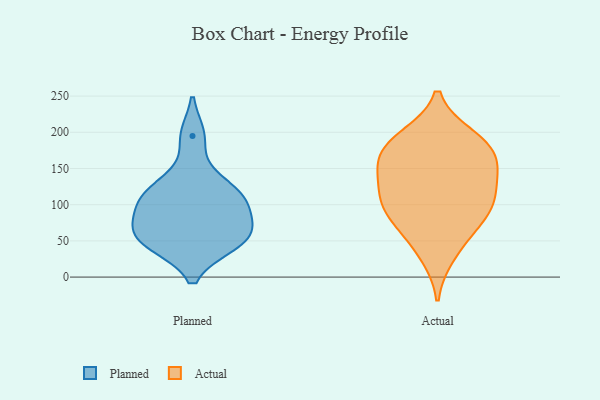
{"axis": {"x": "Temperature (°C)", "y": "Value"}, "legend": ["Actual", "Planned"], "data": [{"x": "", "y": 110, "type": "Planned"}, {"x": "", "y": 195, "type": "Planned"}, {"x": "", "y": 133, "type": "Planned"}, {"x": "", "y": 110, "type": "Planned"}, {"x": "", "y": 56, "type": "Planned"}, {"x": "", "y": 76, "type": "Planned"}, {"x": "", "y": 102, "type": "Planned"}, {"x": "", "y": 45, "type": "Planned"}, {"x": "", "y": 66, "type": "Planned"}, {"x": "", "y": 45, "type": "Planned"}, {"x": "", "y": 100, "type": "Actual"}, {"x": "", "y": 144, "type": "Actual"}, {"x": "", "y": 88, "type": "Actual"}, {"x": "", "y": 30, "type": "Actual"}, {"x": "", "y": 192, "type": "Actual"}, {"x": "", "y": 80, "type": "Actual"}, {"x": "", "y": 177, "type": "Actual"}, {"x": "", "y": 55, "type": "Actual"}, {"x": "", "y": 158, "type": "Actual"}, {"x": "", "y": 194, "type": "Actual"}, {"x": "", "y": 178, "type": "Actual"}, {"x": "", "y": 113, "type": "Actual"}, {"x": "", "y": 153, "type": "Actual"}, {"x": "", "y": 101, "type": "Actual"}, {"x": "", "y": 130, "type": "Actual"}]}